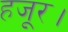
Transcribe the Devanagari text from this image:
हजूर।